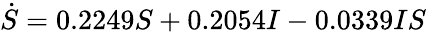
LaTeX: \dot{S}=0.2249S+0.2054I-0.0339IS